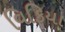
વિકિયા